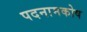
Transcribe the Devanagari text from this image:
पदनामकोष